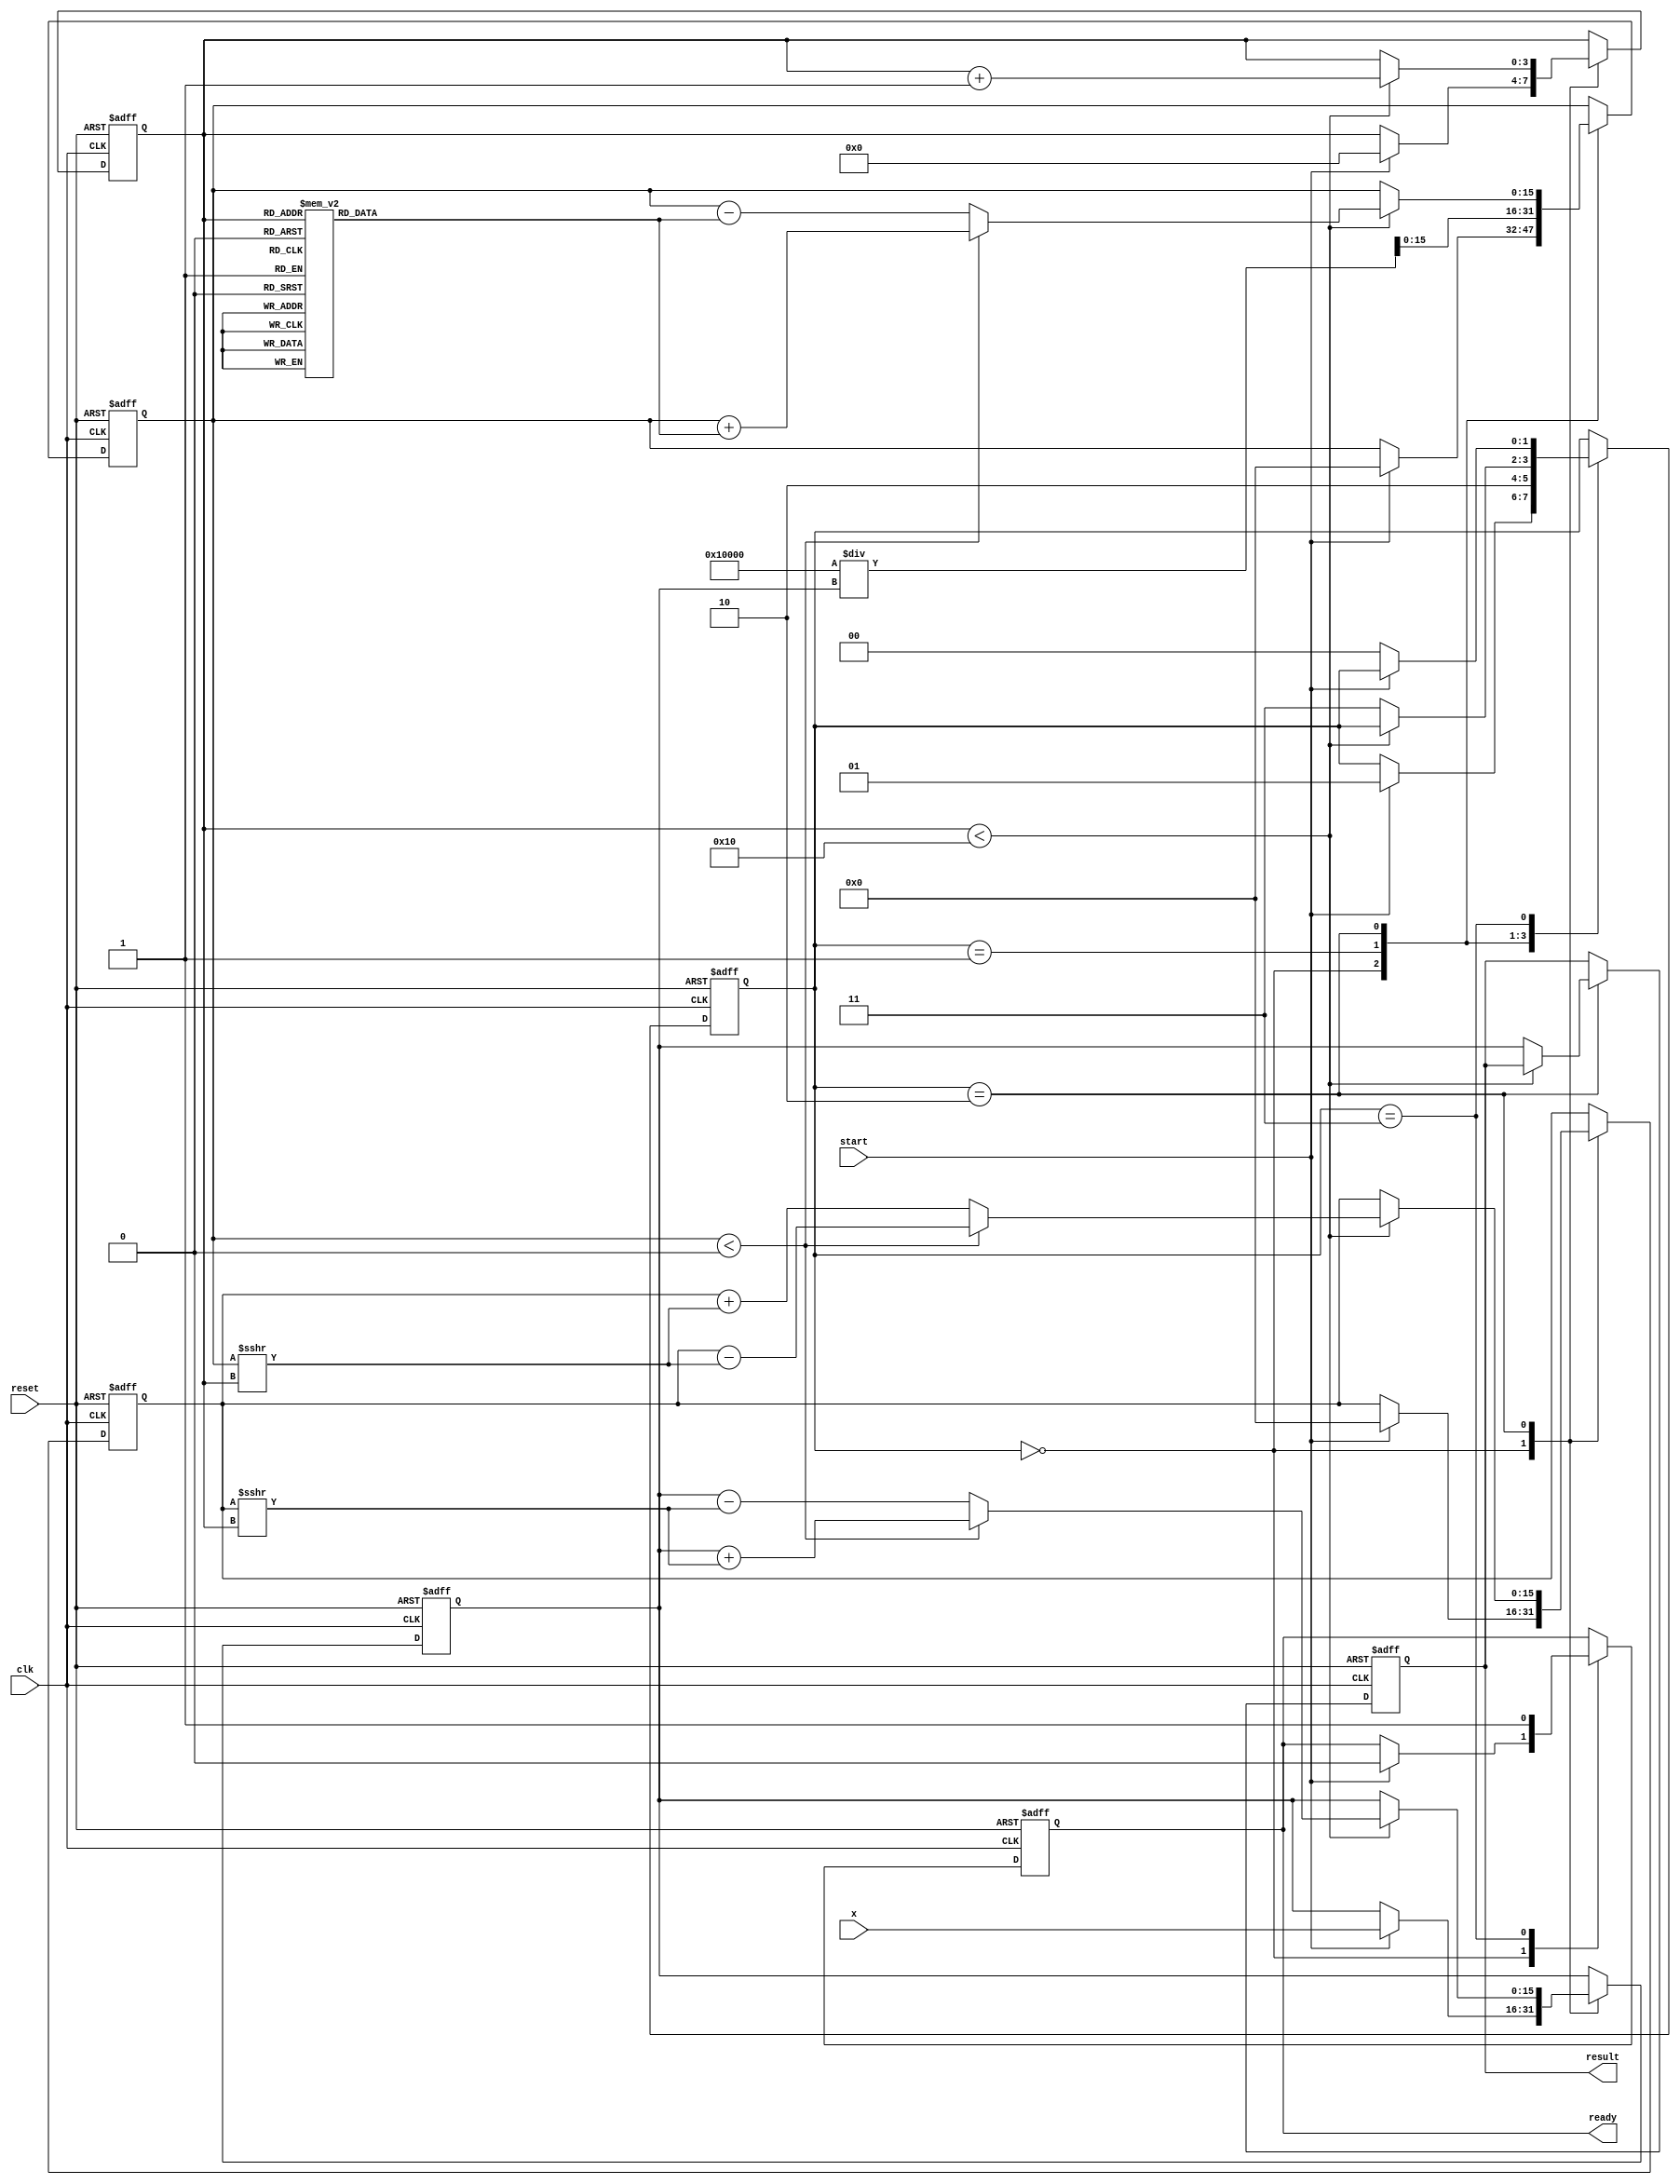
module cordic_reciprocal #(
    parameter N = 16,          // Number of bits for fixed-point representation
    parameter ITERATIONS = 16  // Number of CORDIC iterations
)(
    input wire [N-1:0] x,      // Input value
    input wire clk,            // Clock signal
    input wire reset,          // Reset signal
    input wire start,          // Start signal
    output reg [N-1:0] result, // Computed reciprocal
    output reg ready           // Ready signal
);

    // Internal signals
    reg [N-1:0] z;             // Current approximation
    reg [N-1:0] x_curr;        // Current x value
    reg [N-1:0] y_curr;        // Current y value
    reg [N-1:0] angle;         // Current angle
    reg [3:0] iter;            // Iteration counter
    reg [1:0] state;           // State machine state

    // State machine states
    localparam IDLE = 2'b00;
    localparam INIT = 2'b01;
    localparam ITERATE = 2'b10;
    localparam DONE = 2'b11;

    // CORDIC angle lookup table (in fixed-point representation)
    reg [N-1:0] angles [0:ITERATIONS-1];
    initial begin
        // Initialize angles for CORDIC iterations (in radians)
        angles[0] = 16'h26DD; // atan(2^0)
        angles[1] = 16'h1C71; // atan(2^-1)
        angles[2] = 16'h14C9; // atan(2^-2)
        angles[3] = 16'h0D8A; // atan(2^-3)
        angles[4] = 16'h05B9; // atan(2^-4)
        angles[5] = 16'h02D9; // atan(2^-5)
        angles[6] = 16'h0162; // atan(2^-6)
        angles[7] = 16'h00B5; // atan(2^-7)
        angles[8] = 16'h0052; // atan(2^-8)
        angles[9] = 16'h0029; // atan(2^-9)
        angles[10] = 16'h0014; // atan(2^-10)
        angles[11] = 16'h000A; // atan(2^-11)
        angles[12] = 16'h0005; // atan(2^-12)
        angles[13] = 16'h0002; // atan(2^-13)
        angles[14] = 16'h0001; // atan(2^-14)
        angles[15] = 16'h0000; // atan(2^-15)
    end

    // State machine and CORDIC logic
    always @(posedge clk or posedge reset) begin
        if (reset) begin
            // Reset all registers and state
            z <= 0;
            x_curr <= 0;
            y_curr <= 0;
            angle <= 0;
            iter <= 0;
            state <= IDLE;
            ready <= 0;
            result <= 0;
        end else begin
            case (state)
                IDLE: begin
                    if (start) begin
                        // Initialize values for CORDIC
                        x_curr <= x;
                        y_curr <= 0; // Start with y = 0
                        z <= 0; // Initial approximation
                        angle <= 0; // Initial angle
                        iter <= 0; // Reset iteration counter
                        state <= INIT;
                        ready <= 0;
                    end
                end

                INIT: begin
                    // Initial approximation (1/x)
                    z <= (1 << N) / x_curr; // Fixed-point division for initial guess
                    state <= ITERATE;
                end

                ITERATE: begin
                    if (iter < ITERATIONS) begin
                        // Perform CORDIC rotation
                        if (z < 0) begin
                            // Rotate clockwise
                            x_curr <= x_curr + (y_curr >>> iter);
                            y_curr <= y_curr - (z >>> iter);
                            z <= z + angles[iter];
                        end else begin
                            // Rotate counter-clockwise
                            x_curr <= x_curr - (y_curr >>> iter);
                            y_curr <= y_curr + (z >>> iter);
                            z <= z - angles[iter];
                        end
                        iter <= iter + 1;
                    end else begin
                        // Finished iterations
                        result <= x_curr; // Final result is in x_curr
                        state <= DONE;
                    end
                end

                DONE: begin
                    ready <= 1; // Indicate that the result is ready
                    if (!start) begin
                        state <= IDLE; // Go back to IDLE state
                    end
                end
            endcase
        end
    end
endmodule